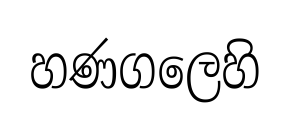
හණගලෙහි